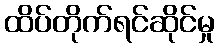
ထိပ်တိုက်ရင်ဆိုင်မှု